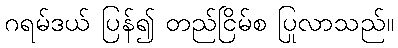
ဂရမ်ဒယ် ပြန်၍ တည်ငြိမ်စ ပြုလာသည်။